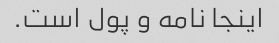
اینجا نامه و پول است.